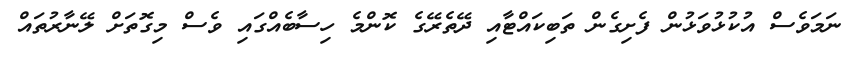
ނަމަވެސް އުކުޅުވަޅުން ފެށިގެން ތަބިކައްޓާއި ދޭތެރޭގެ ކޮންމެ ހިސާބެއްގައި ވެސް މިގޮތަށް ލޭނާރުތައް